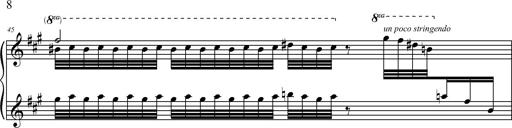
Title: 2 LÃ©gendes
Composer: Franz Liszt